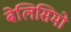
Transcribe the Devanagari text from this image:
बेलिसिमो